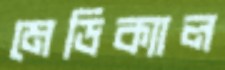
মেডিক্যাল